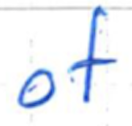
Text: of
Cross-out: clean
Writing tool: ballpoint